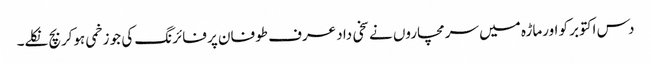
دس اکتوبر کو اورماڑہ میں سرمچاروں نے سخی داد عرف طوفان پر فائرنگ کی جو زخمی ہوکربچ نکلے۔